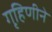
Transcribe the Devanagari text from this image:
गृहिणीने